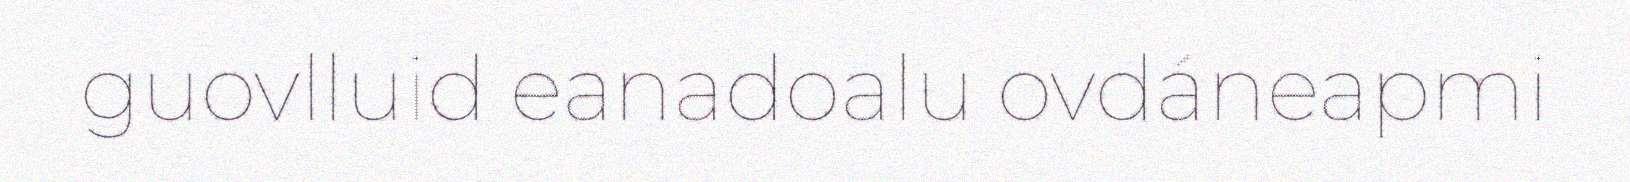
guovlluid eanadoalu ovdáneapmi